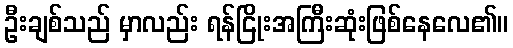
ဦးချစ်သည် မှာလည်း ရန်ငြိုးအကြီးဆုံးဖြစ်နေလေ၏။